Annual report of the Imperial Bacteriological Laboratory, Muktesar
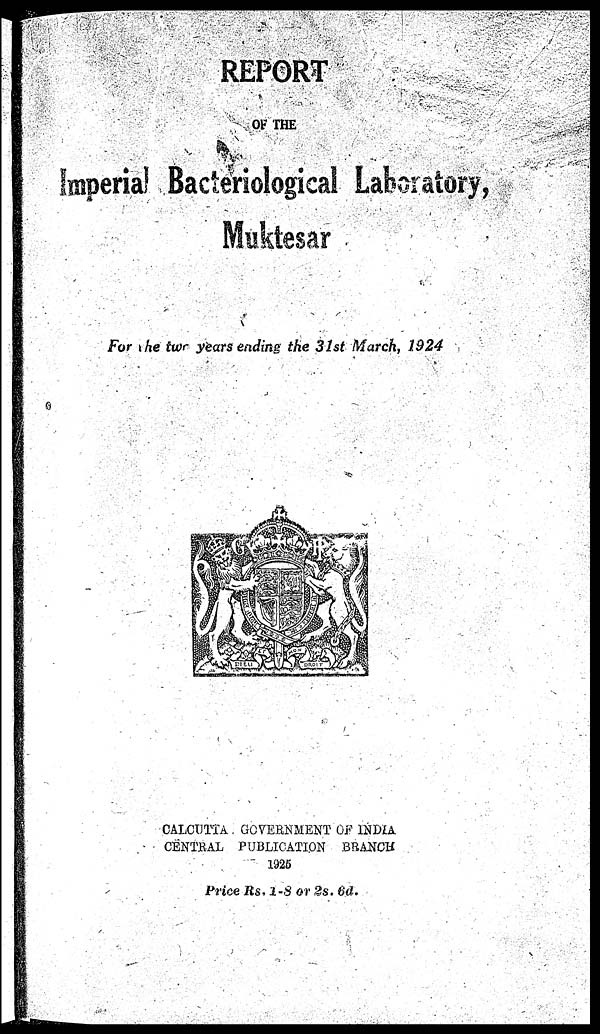
REPORT
OF THE
Imperial Bacteriological Laboratory,
Muktesar
For the two years ending the 31st March, 1924
CALCUTTA GOVERNMENT OF INDIA
CENTRAL PUBLICATION BRANCH
1925
Price Rs.1-8 or 2s. 6d.